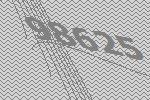
98625